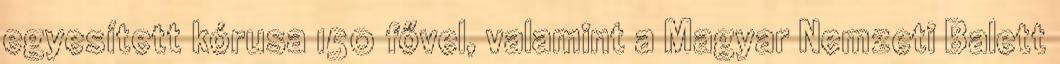
egyesített kórusa 150 fővel, valamint a Magyar Nemzeti Balett